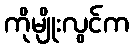
ကိုမျိုးလွင်က